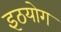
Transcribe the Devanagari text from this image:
इठयोग